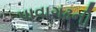
પાવાગઢની